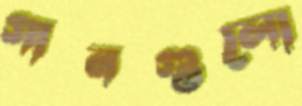
গানগুলো